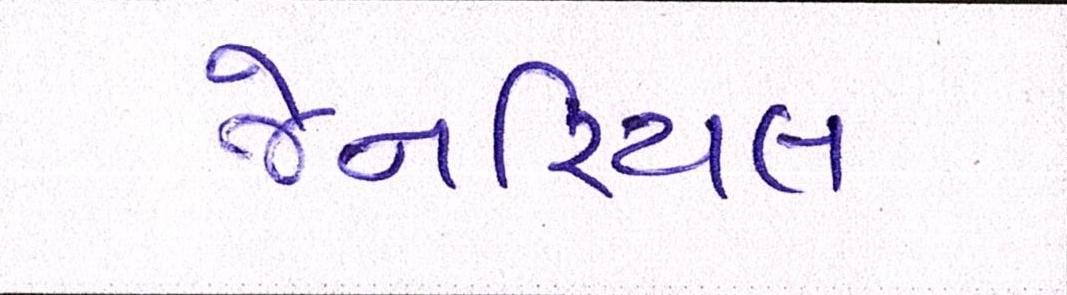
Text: જેનરિયલ